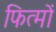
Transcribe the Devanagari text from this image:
फित्मों